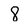
Character: 8